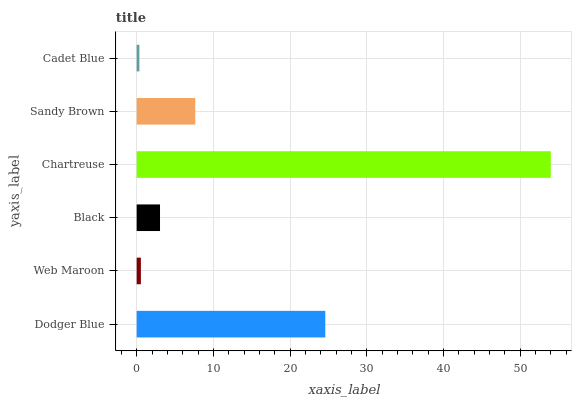
| yaxis_label | bars |
 | --- | --- |
 | Dodger Blue | 24.6 |
 | Web Maroon | 0.55 |
 | Black | 3.05 |
 | Chartreuse | 54 |
 | Sandy Brown | 7.64 |
 | Cadet Blue | 0.353 |